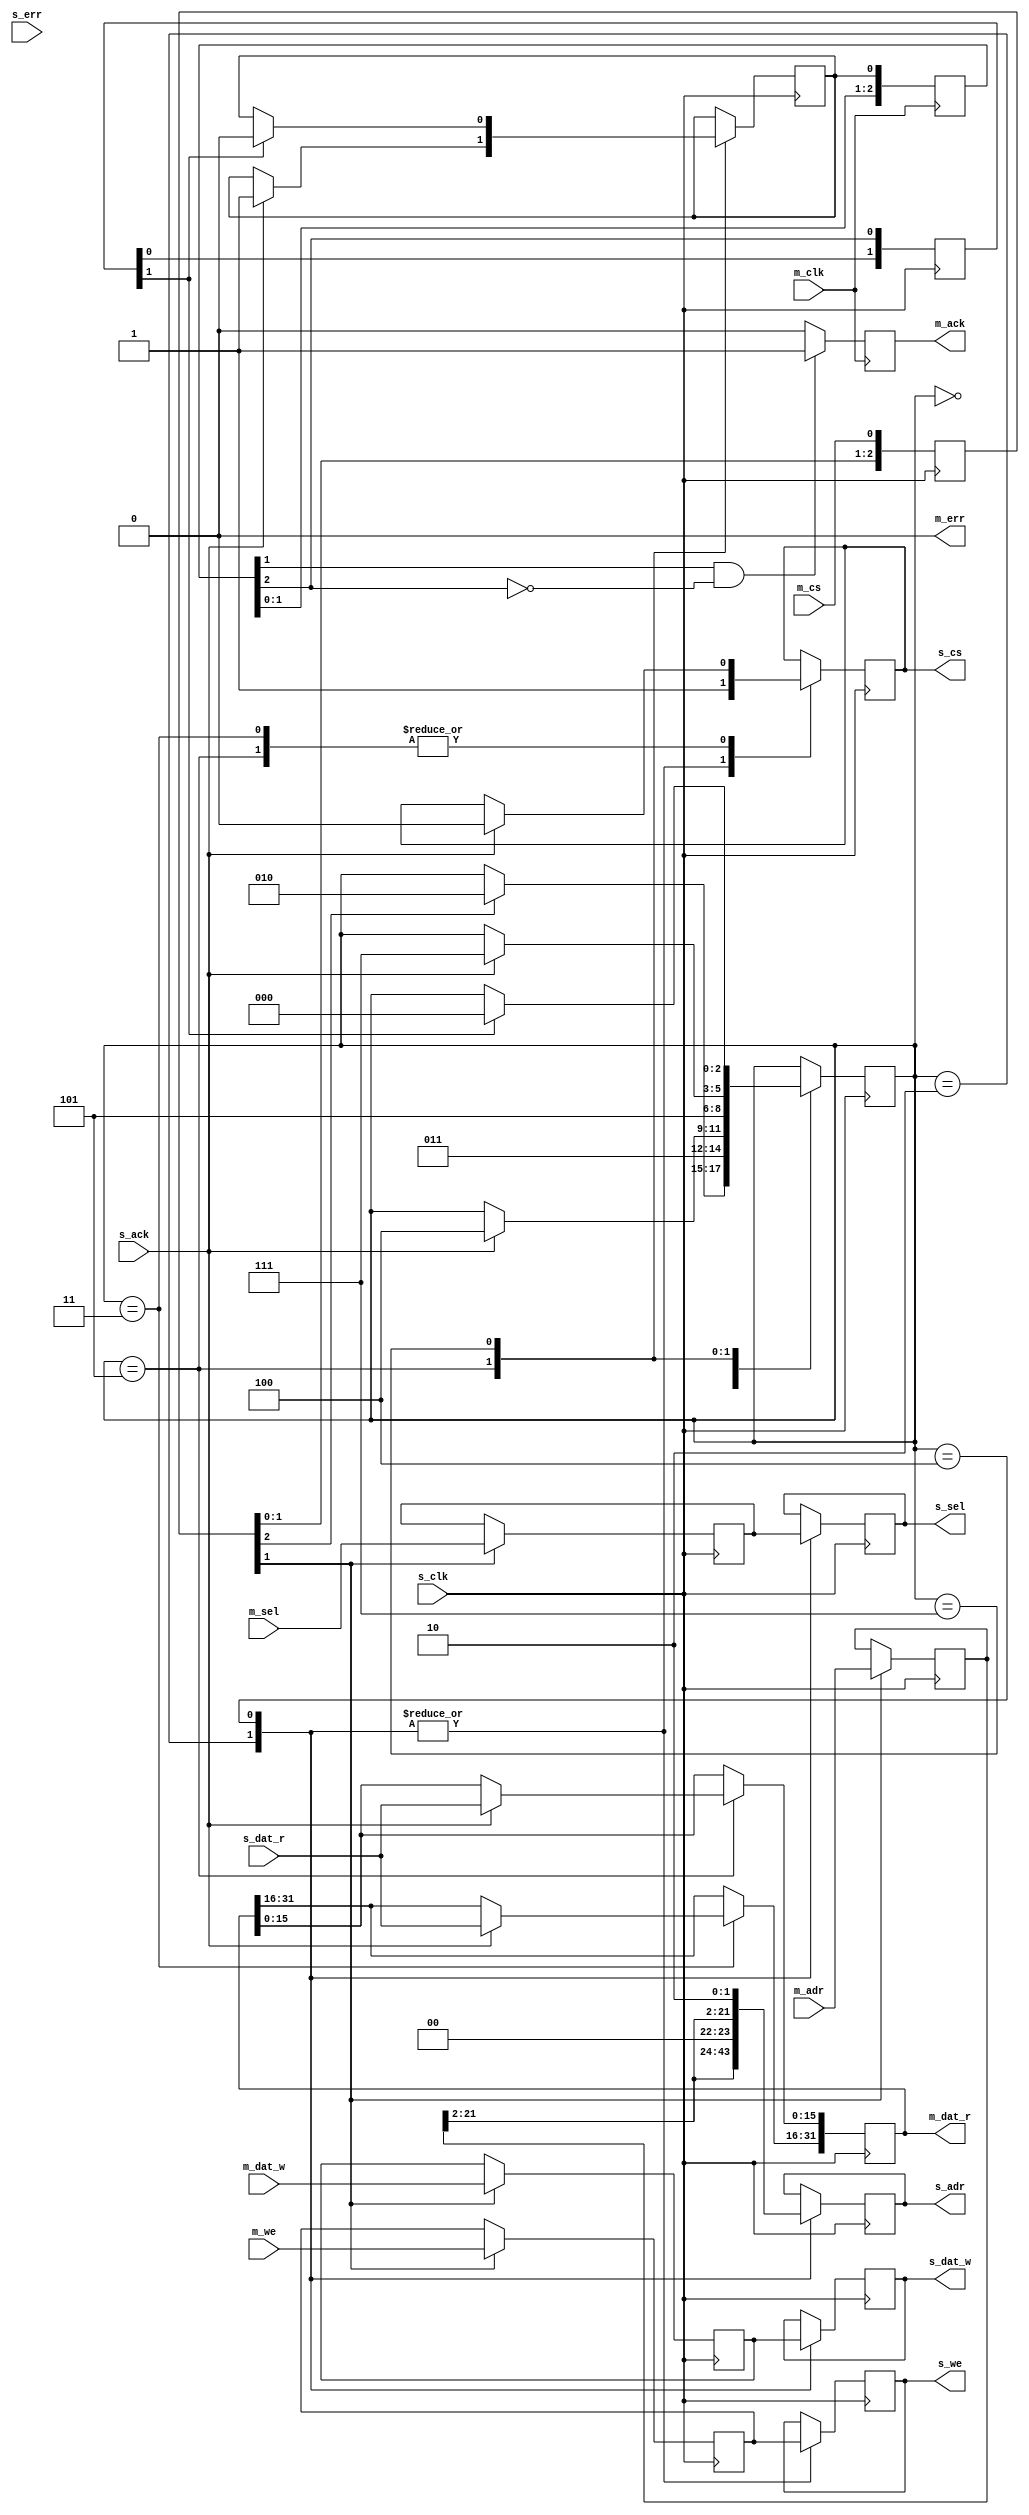
module qmem_bridge #(
  parameter MAW = 22,
  parameter MSW = 4,
  parameter MDW = 32,
  parameter SAW = 22,
  parameter SSW = 2,
  parameter SDW = 16
)(
  // master
  input  wire           m_clk,
  input  wire [MAW-1:0] m_adr,
  input  wire           m_cs,
  input  wire           m_we,
  input  wire [MSW-1:0] m_sel,
  input  wire [MDW-1:0] m_dat_w,
  output reg  [MDW-1:0] m_dat_r,
  output reg            m_ack = 1'b0,
  output wire           m_err,
  // slave
  input  wire           s_clk,
  output reg  [SAW-1:0] s_adr,
  output reg            s_cs,
  output reg            s_we,
  output reg  [SSW-1:0] s_sel,
  output reg  [SDW-1:0] s_dat_w,
  input  wire [SDW-1:0] s_dat_r,
  input  wire           s_ack,
  input  wire           s_err
);


// sync master cs
reg [  3-1:0] cs_sync = 3'b000;
always @ (posedge s_clk) cs_sync <= #1 {cs_sync[1:0], m_cs};

// detect master cs posedge
wire cs_posedge;
assign cs_posedge = cs_sync[1] && !cs_sync[2];

// latch master data
reg  [MAW-1:0] adr_d = {MAW{1'b0}};
reg            we_d = 1'b0;
reg  [MSW-1:0] sel_d = {MSW{1'b0}};
reg  [MDW-1:0] dat_w_d = {MDW{1'b0}};
always @ (posedge s_clk) begin
  if (cs_sync[1]) begin
    adr_d   <= #1 m_adr;
    we_d    <= #1 m_we;
    sel_d   <= #1 m_sel;
    dat_w_d <= #1 m_dat_w;
  end
end

// output state machine
reg  [  3-1:0] state = 3'b000;
localparam ST_IDLE     = 3'b000;
localparam ST_U_SETUP  = 3'b010;
localparam ST_U_WAIT   = 3'b011;
localparam ST_L_SETUP  = 3'b100;
localparam ST_L_WAIT   = 3'b101;
localparam ST_A_WAIT   = 3'b111;
reg  [  2-1:0] s_ack_sync = 2'b00;
reg done = 1'b0;
always @ (posedge s_clk) begin
  case (state)
    ST_IDLE : begin
      if (cs_sync[2]) begin
        state <= #1 ST_U_SETUP;
      end
    end
    ST_U_SETUP : begin
      s_cs    <= #1 1'b1;
      s_adr   <= #1 {adr_d[22-1:2], 1'b0, 1'b0};
      s_sel   <= #1 sel_d[3:2];
      s_we    <= #1 we_d;
      s_dat_w <= #1 dat_w_d[31:16];
      state   <= #1 ST_U_WAIT;
    end
    ST_U_WAIT : begin
      if (s_ack) begin
        s_cs           <= #1 1'b0;
        m_dat_r[31:16] <= #1 s_dat_r;
        state          <= #1 ST_L_SETUP;
      end
    end
    ST_L_SETUP : begin
      s_cs    <= #1 1'b1;
      s_adr   <= #1 {adr_d[22-1:2], 1'b1, 1'b0};
      s_sel   <= #1 sel_d[1:0];
      s_we    <= #1 we_d;
      s_dat_w <= #1 dat_w_d[15:0];
      state   <= #1 ST_L_WAIT;
    end
    ST_L_WAIT : begin
      if (s_ack) begin
        s_cs           <= #1 1'b0;
        m_dat_r[15: 0] <= #1 s_dat_r;
        done           <= #1 1'b1;
        state          <= #1 ST_A_WAIT;
      end
    end
    ST_A_WAIT : begin
      if (s_ack_sync[1]) begin
        done  <= #1 1'b0;
        state <= #1 ST_IDLE;
      end
    end
  endcase
end

// master ack
reg  [  3-1:0] m_ack_sync = 3'b000;
always @ (posedge m_clk) begin
  m_ack_sync <= #1 {m_ack_sync[1:0], done};
end
wire m_ack_posedge;
assign m_ack_posedge = m_ack_sync[1] && !m_ack_sync[2];
always @ (posedge m_clk) begin
  if (m_ack_posedge) m_ack <= #1 1'b1;
  else if (m_ack) m_ack <= #1 1'b0;
end
always @ (posedge s_clk) begin
  s_ack_sync <= #1 {s_ack_sync[0], m_ack_sync[2]};
end

// master err
assign m_err = 1'b0;


endmodule